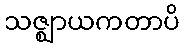
သဇ္ဈာယကတာပိ